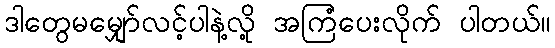
ဒါတွေမမျှော်လင့်ပါနဲ့လို့ အကြံပေးလိုက် ပါတယ်။